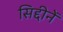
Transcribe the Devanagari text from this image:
सिद्दीनें